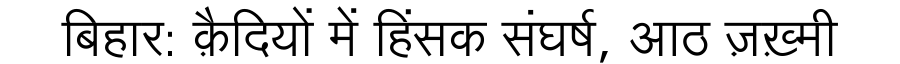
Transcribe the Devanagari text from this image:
बिहार: क़ैदियों में हिंसक संघर्ष, आठ ज़ख़्मी